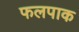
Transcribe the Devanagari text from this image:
फलपाक